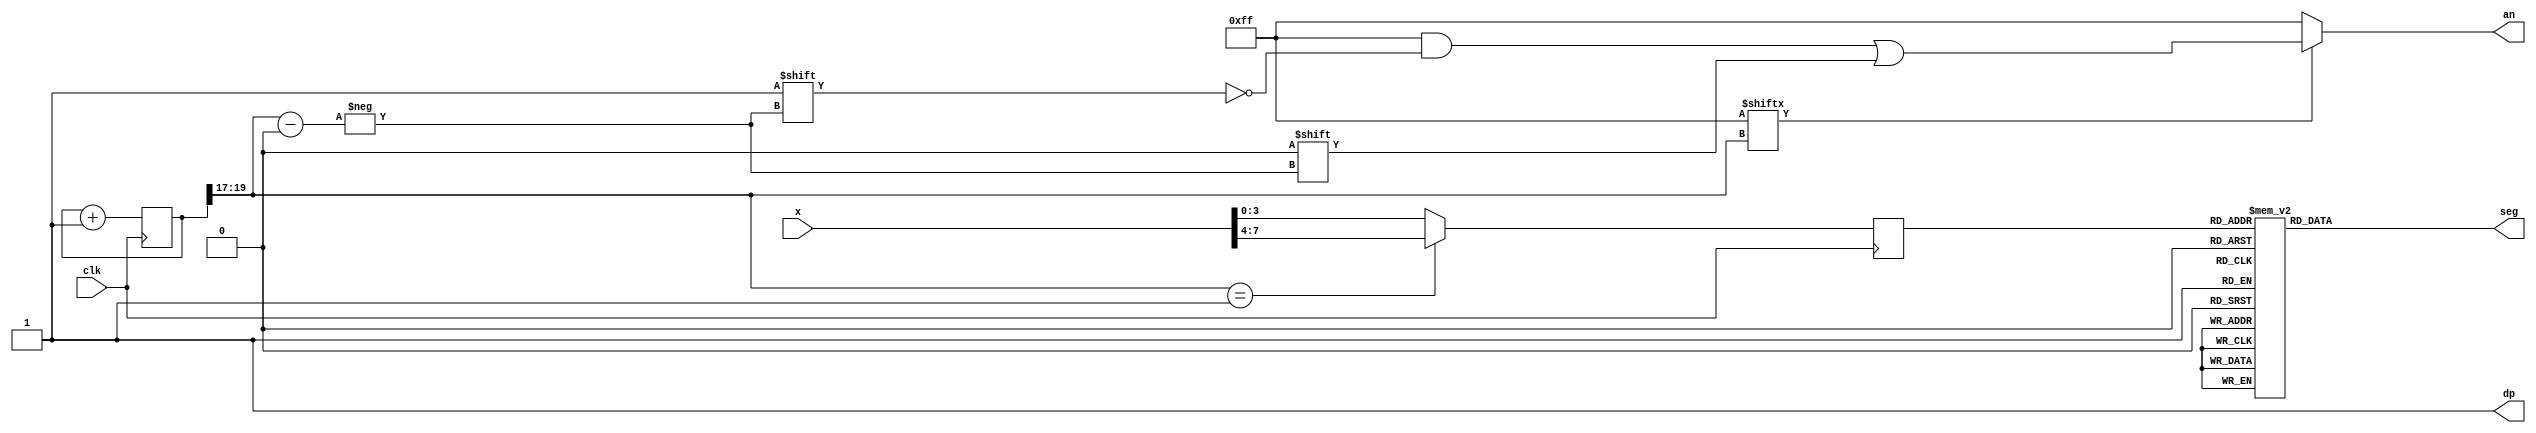
`timescale 1ns / 1ps
//////////////////////////////////////////////////////////////////////////////////
// Company: Digilent Inc.
// 
// Design Name: 
// Module Name:    seg7decimal 
// Project Name: Nexys4DDR Keyboard Demo
// Target Devices: Nexys4DDR
// Tool Versions: 
// Description: 7 segment display driver
// 
// Dependencies: 
//
// Revision: 
// Revision 0.01 - File Created
// Additional Comments: 
//
//////////////////////////////////////////////////////////////////////////////////
module seg7decimal(

	input [31:0] x,
    input clk,
    output reg [6:0] seg,
    output reg [7:0] an,
    output wire dp 
	 );
	 
	 
wire [2:0] s;	 
reg [3:0] digit;
wire [7:0] aen;
reg [19:0] clkdiv;

assign dp = 1;
assign s = clkdiv[19:17];
assign aen = 8'b11111111; // all turned off initially




// quad 4to1 MUX.


always @(posedge clk)// or posedge clr)
	
	case(s)
	3'b000:digit = x[3:0]; // s is 00 -->0 ;  digit gets assigned 4 bit value assigned to x[3:0]
	3'b001:digit = x[7:4]; // s is 01 -->1 ;  digit gets assigned 4 bit value assigned to x[7:4]
    default:digit = x[3:0];
	
	endcase
	
	//decoder or truth-table for 7seg display values
	always @(*)

case(digit)


//////////<---MSB-LSB<---
//////////////gfedcba////////////////////////////////////////////           a
0:seg = 7'b1000000;////0000												   __					
1:seg = 7'b1111001;////0001												f/	  /b
2:seg = 7'b0100100;////0010												  g
//                                                                       __	
3:seg = 7'b0110000;////0011										 	 e /   /c
4:seg = 7'b0011001;////0100										       __
5:seg = 7'b0010010;////0101                                            d  
                                           
6:seg = 7'b0000010;////0110
7:seg = 7'b1111000;////0111
8:seg = 7'b0000000;////1000
9:seg = 7'b0010000;////1001
'hA:seg = 7'b0001000; 
'hB:seg = 7'b0000011; 
'hC:seg = 7'b1000110;
'hD:seg = 7'b0100001;
'hE:seg = 7'b0000110;
'hF:seg = 7'b0001110;
'hF:seg = 7'b0001110;
//'h75:seg = 7'1000001;

default: seg = 7'b0000000; // U

endcase


always @(*)begin
an=8'b11111111;
if(aen[s] == 1)
an[s] = 0;
end



//clkdiv

always @(posedge clk) begin
clkdiv <= clkdiv+1;
end


endmodule